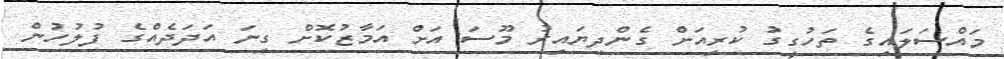
މައްސަލައިގެ ތަހުގީގު ކުރިއަށް ގެންދިޔައިރު މޫސަ އަށް އަމާޒުކޮށް ގިނަ އަދަދެއްގެ ފުލުހުން